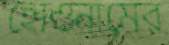
হোওনামের